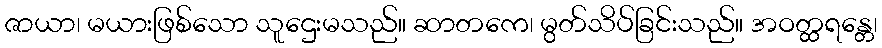
ဇာယာ၊ မယားဖြစ်သော သူဌေးမသည်။ ဆာတကေ၊ မွတ်သိပ်ခြင်းသည်။ အဝတ္ထရန္တေ၊